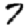
Digit: 7